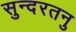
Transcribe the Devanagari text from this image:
सुन्दरतनु